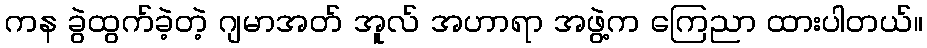
ကန ခွဲထွက်ခဲ့တဲ့ ဂျမာအတ် အူလ် အဟာရာ အဖွဲ့က ကြေညာ ထားပါတယ်။